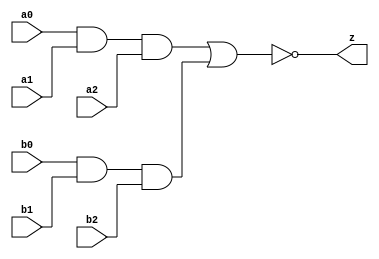
// This program was cloned from: https://github.com/aolofsson/oh
// License: MIT License

//#############################################################################
//# Function: And-Or-Inverter (aoi33) Gate                                    #
//# Copyright: OH Project Authors. ALl rights Reserved.                       #
//# License:  MIT (see LICENSE file in OH repository)                         #
//#############################################################################

module asic_aoi33 #(parameter PROP = "DEFAULT")   (
    input  a0,
    input  a1,
    input  a2,
    input  b0,
    input  b1,
    input  b2,
    output z
    );

   assign z = ~((a0 & a1 & a2) | (b0 & b1 & b2));

endmodule